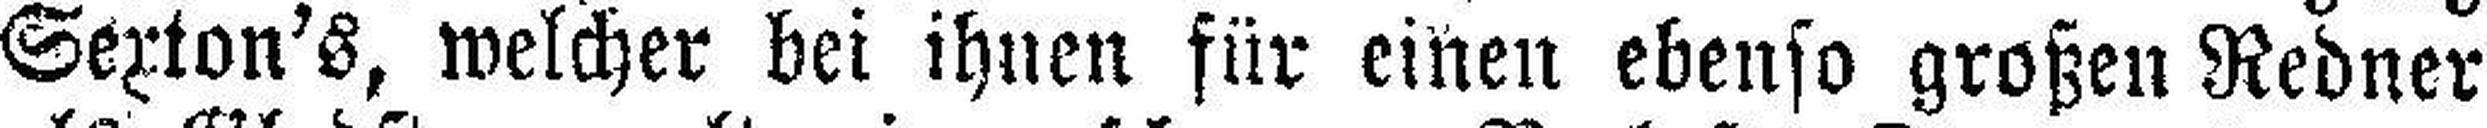
Sexton's, welcher bei ihnen für einen ebenso großen Redner